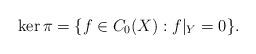
LaTeX: \begin{align*}\ker\pi=\{f\in C_0(X):f|_Y=0\}.\end{align*}